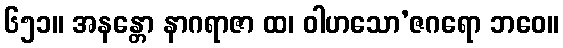
၆၅၁။ အနန္တော နာဂရာဇာ ထ၊ ဝါဟသော’ဇဂရော ဘဝေ။